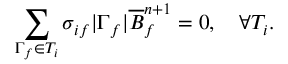
\sum _ { \Gamma _ { f } \in T _ { i } } \sigma _ { i f } \lvert \Gamma _ { f } \rvert \overline { { B } } _ { f } ^ { n + 1 } = 0 , \quad \forall T _ { i } .